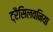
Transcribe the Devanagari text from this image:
ट्रैसिलवनिया